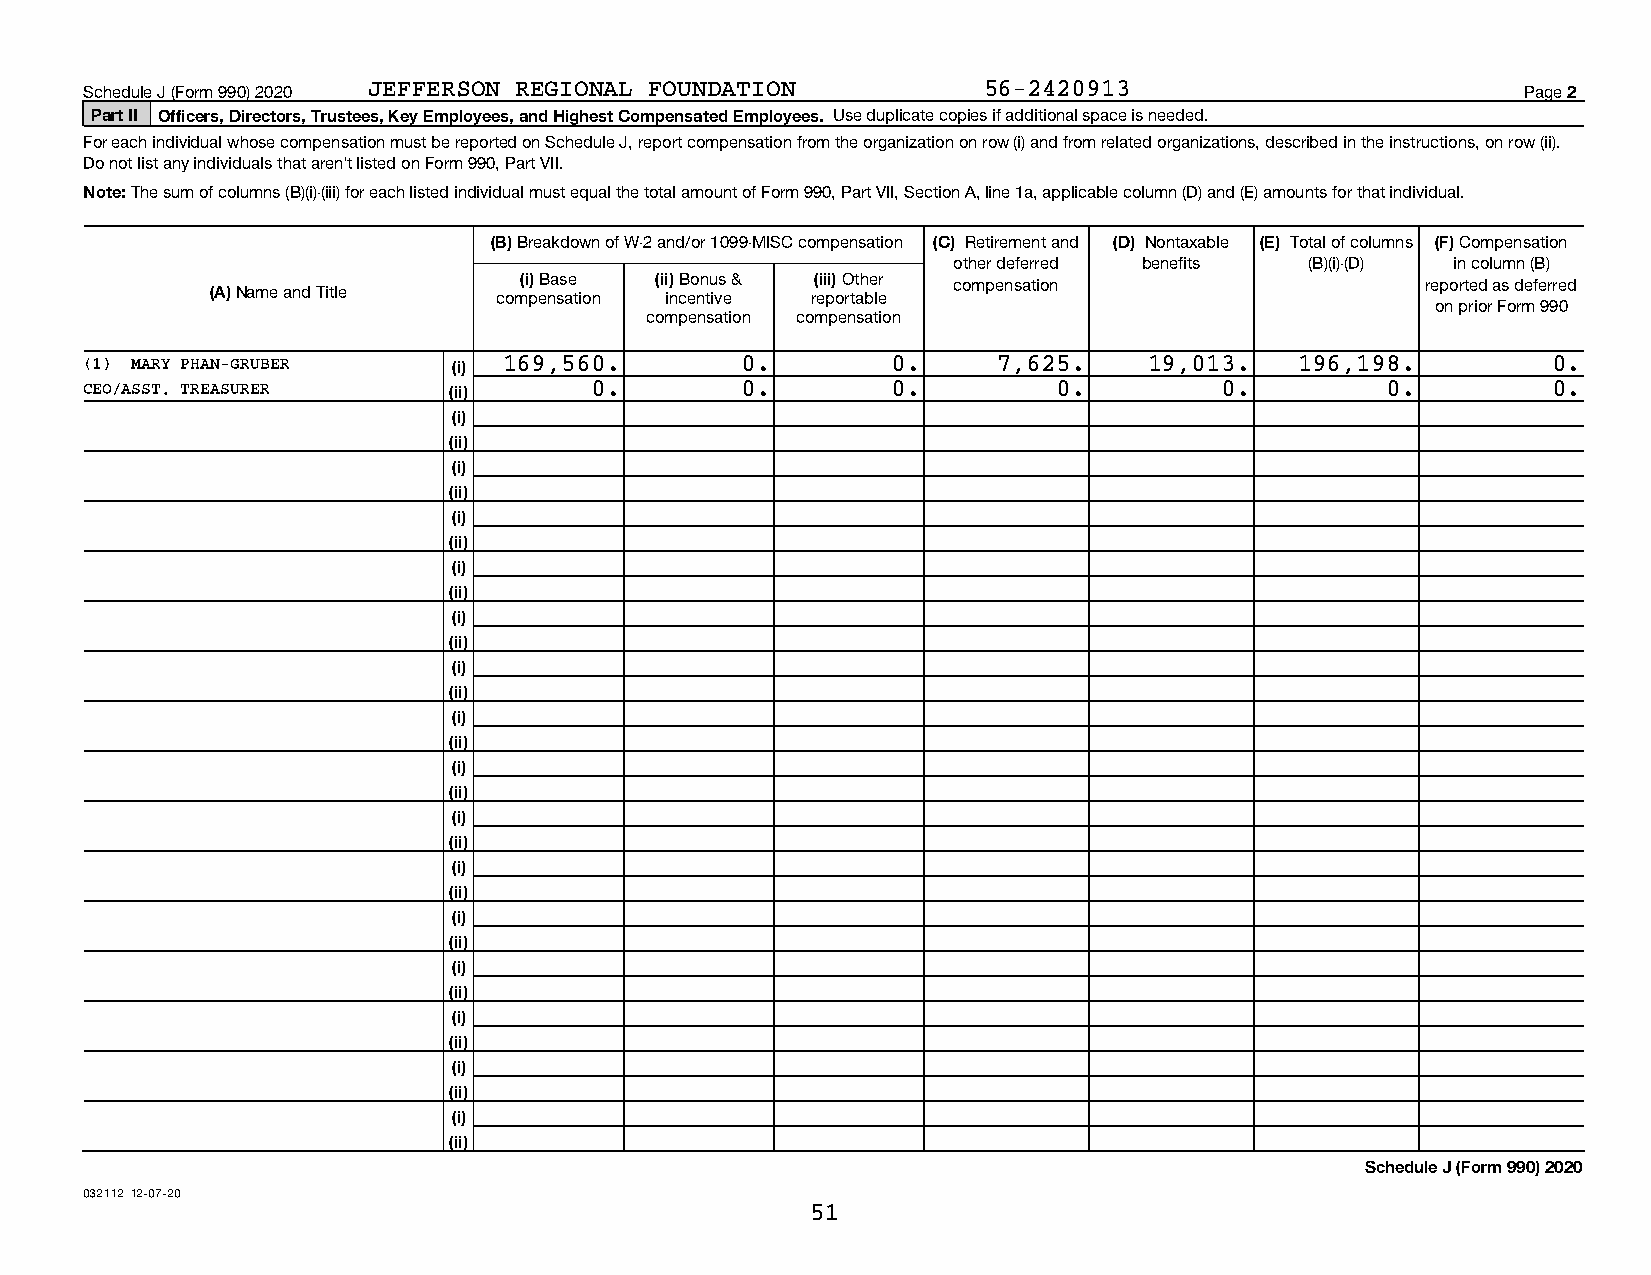
Schedule J (Form 990) 2020 JEFFERSON REGIONAL FOUNDATION   56-2420913                          Page 2
 Part II Officers, Directors, Trustees, Key Employees, and Highest Compensated Employees. Use duplicate copies if additional space is needed.
 For each individual whose compensation must be reported on Schedule J, report compensation from the organization on row (i) and from related organizations, described in the instructions, on row (ii).
 Do not list any individuals that aren't listed on Form 990, Part VII.
 Note: The sum of columns (B)(i)-(iii) for each listed individual must equal the total amount of Form 990, Part VII, Section A, line 1a, applicable column (D) and (E) amounts for that individual.
 (B) Breakdown of W-2 and/or 1099-MISC compensation (C) Retirement and (D) Nontaxable (E) Total of columns (F) Compensation
 other deferred benefits (B)(i)-(D) in column (B)
 (i) Base (ii) Bonus & (iii) Other compensation              reported as deferred
 (A) Name and Title compensation incentive reportable
 on prior Form 990
 compensation compensation
 (1) MARY PHAN-GRUBER    (i) 169,560.       0.        0.     7,625.    19,013.   196,198.         0.
 CEO/ASST. TREASURER     (ii)     0.        0.        0.         0.         0.         0.         0.
 (i)
 (ii)
 (i)
 (ii)
 (i)
 (ii)
 (i)
 (ii)
 (i)
 (ii)
 (i)
 (ii)
 (i)
 (ii)
 (i)
 (ii)
 (i)
 (ii)
 (i)
 (ii)
 (i)
 (ii)
 (i)
 (ii)
 (i)
 (ii)
 (i)
 (ii)
 (i)
 (ii)
 Schedule J (Form 990) 2020
 032112 12-07-20
 51